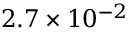
2 . 7 \times 1 0 ^ { - 2 }